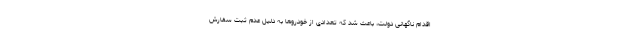
اقدام ناگهانی دولت، باعث شد که تعدادی از خودروها به دلیل عدم ثبت سفارش